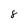
Character: 8